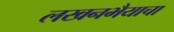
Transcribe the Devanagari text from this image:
लखनभैयाचा